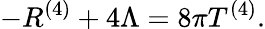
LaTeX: -R^{(4)}+4\Lambda=8\pi T^{(4)}.